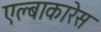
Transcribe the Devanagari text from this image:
एल्बाकारेस